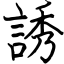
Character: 誘